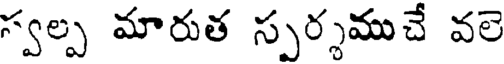
స్వల్ప మారుత స్పర్శముచే వలె